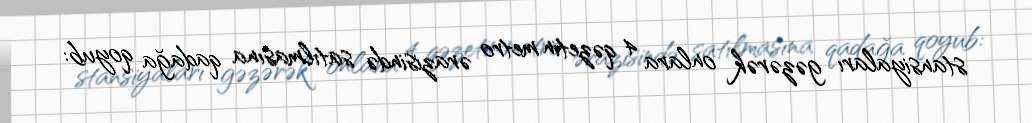
stansiyaları gəzərək onlara 4 qəzetin metro ərazisində satılmasına qadağa qoyub: